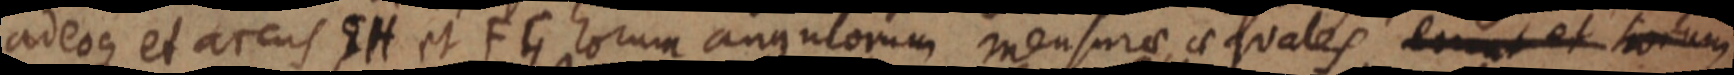
adeoque et arcus EH et FG horum angulorum mensurae, aequales erunt et t_um